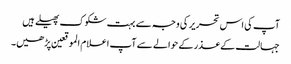
آپ کی اس تحریر کی وجہ سے بہت شکوک پھیلے ہیں
جہالت کے عذر کے حوالے سے آپ اعلام الموقعین پڑھیں۔